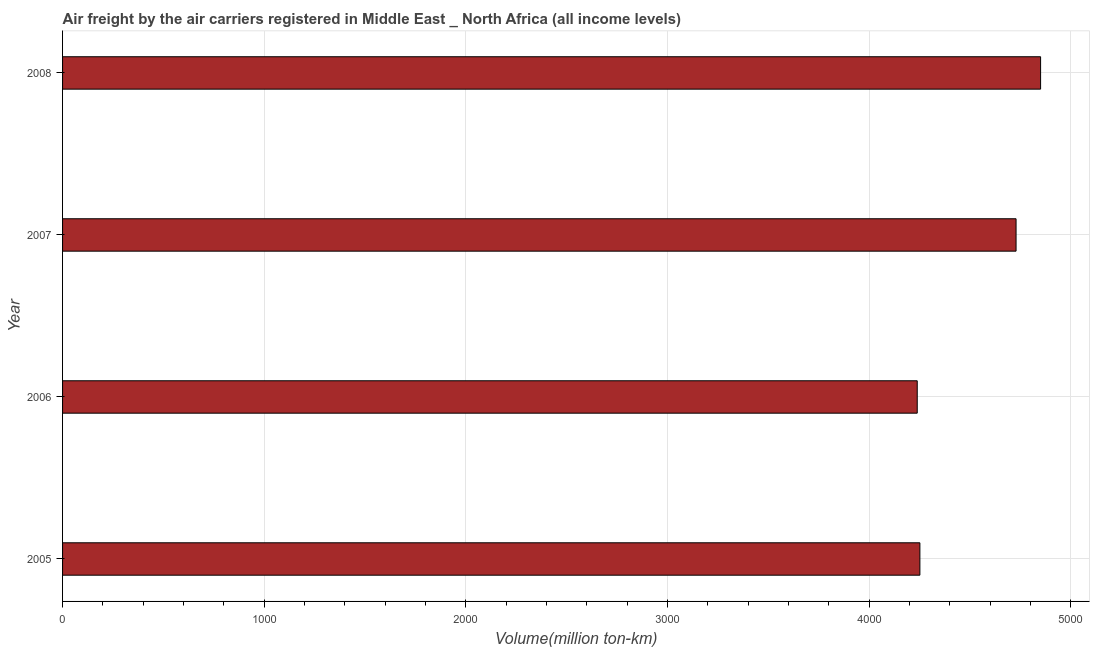
| Year | Air transport |
 | --- | --- |
 | 2005 | 4.25e+03 |
 | 2006 | 4.24e+03 |
 | 2007 | 4.73e+03 |
 | 2008 | 4.85e+03 |